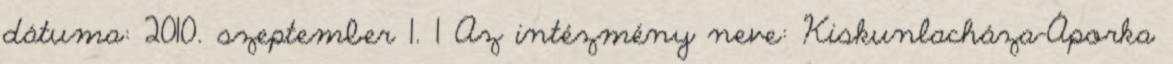
dátuma: 2010. szeptember 1. 1 Az intézmény neve: Kiskunlacháza-Áporka